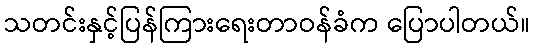
သတင်းနှင့်ပြန်ကြားရေးတာဝန်ခံက ပြောပါတယ်။